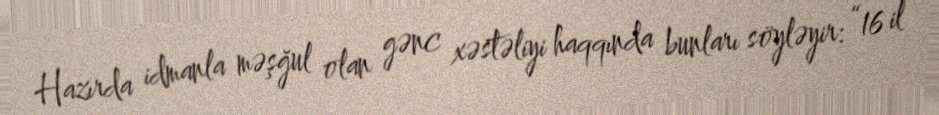
Hazırda idmanla məşğul olan gənc xəstəliyi haqqında bunları söyləyir: “16 il